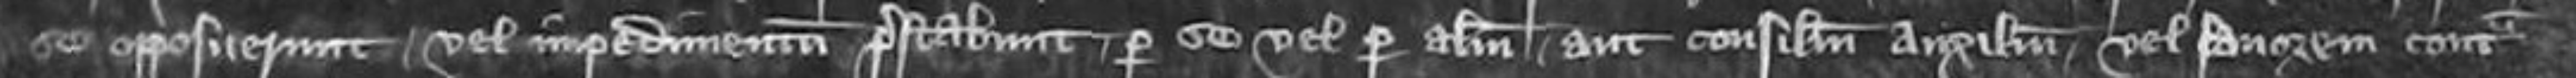
se opposuerunt vel impedimentum prostabunt per se vel per alium aut consilium auxilium vel favorem contra